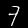
Label: 7